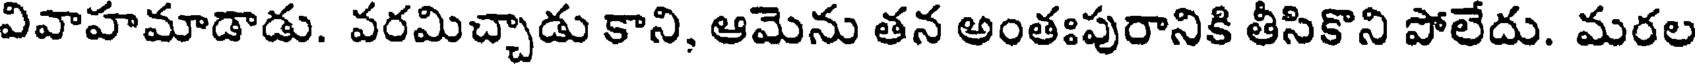
వివాహమాడాడు. వరమిచ్చాడు కాని, ఆమెను తన అంతఃపురానికి తీసికొని పోలేదు. మరల